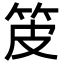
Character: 𤿤